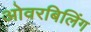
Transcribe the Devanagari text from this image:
ओवरबिलिंग